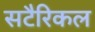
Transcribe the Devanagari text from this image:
सटैरिकल